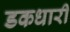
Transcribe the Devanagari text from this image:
डकधारी